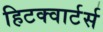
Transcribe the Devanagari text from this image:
हिटक्वार्टर्स